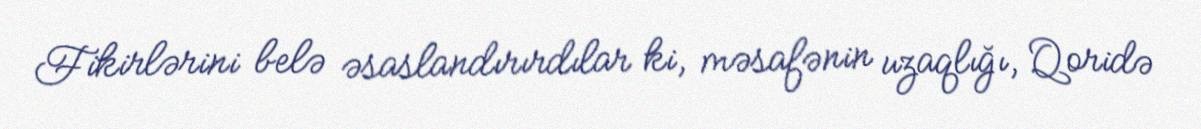
Fikirlərini belə əsaslandırırdılar ki, məsafənin uzaqlığı, Qoridə